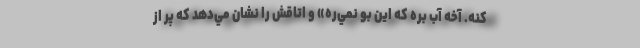
كنه. آخه آب بره كه اين بو نمي‌ره» و اتاقش را نشان مي‌دهد كه پر از